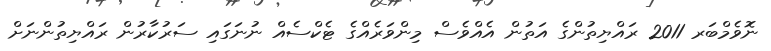
ނޮވެމްބަރ 2011 ރައްޔިތުންގެ އަތުން އެއްވެސް މިންވަރެއްގެ ޓެކްސެއް ނުނަގައި ސަރުކާރުން ރައްޔިތުންނަށް